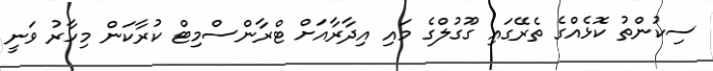
ސިކުންތު ކޮޅެއްގެ ތެރޭގައި ގޫގުލްގެ މައި އިދާރާއަށް ޓްރާންސްމިޓް ކުރާކަން މިހާރު ވަނީ